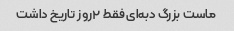
ماست بزرگ دبه‌ای فقط ٢روز تاریخ داشت